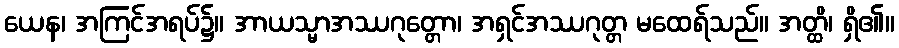
ယေန၊ အကြင်အရပ်၌။ အာယသ္မာအဿဂုတ္တော၊ အရှင်အဿဂုတ္တ မထေရ်သည်။ အတ္ထိ၊ ရှိ၏။